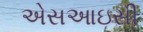
એસઆઇસી